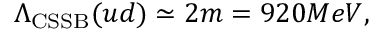
\Lambda _ { \mathrm { C S S B } } ( u d ) \simeq 2 m = 9 2 0 M e V ,